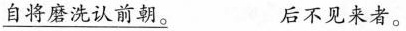
\underline{自将磨洗认前朝。} 后不见来者。